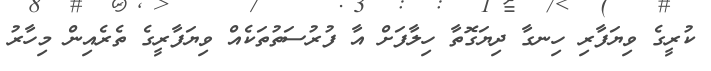
ކުރީގެ ވިޔަފާރި ހިނގާ ދިޔަގޮތާ ހިލާފަށް އާ ފުރުސަތުތަކެއް ވިޔަފާރީގެ ތެރެއިން މިހާރު